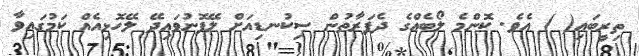
ތިރީބައި( ) އެވެ. ކޮންމެ ލޯބެއްގެ ދެފަރާތުން ސިކުނޑިއަށް ލޭފޮނުވައިދޭ ލޭހޮޅިއެއް ކަމުގައިވާ